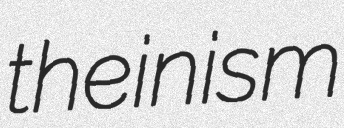
theinism